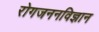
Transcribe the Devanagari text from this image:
रोगजननविज्ञान